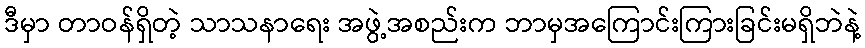
ဒီမှာ တာဝန်ရှိတဲ့ သာသနာရေး အဖွဲ့အစည်းက ဘာမှအကြောင်းကြားခြင်းမရှိဘဲနဲ့